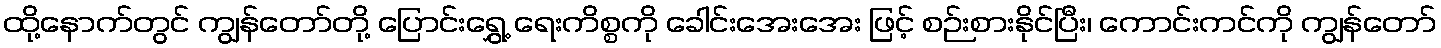
ထို့နောက်တွင် ကျွန်တော်တို့ ပြောင်းရွှေ့ ရေးကိစ္စကို ခေါင်းအေးအေး ဖြင့် စဉ်းစားနိုင်ပြီး၊ ကောင်းကင်ကို ကျွန်တော်